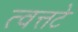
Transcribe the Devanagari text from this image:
त्वत्तटे